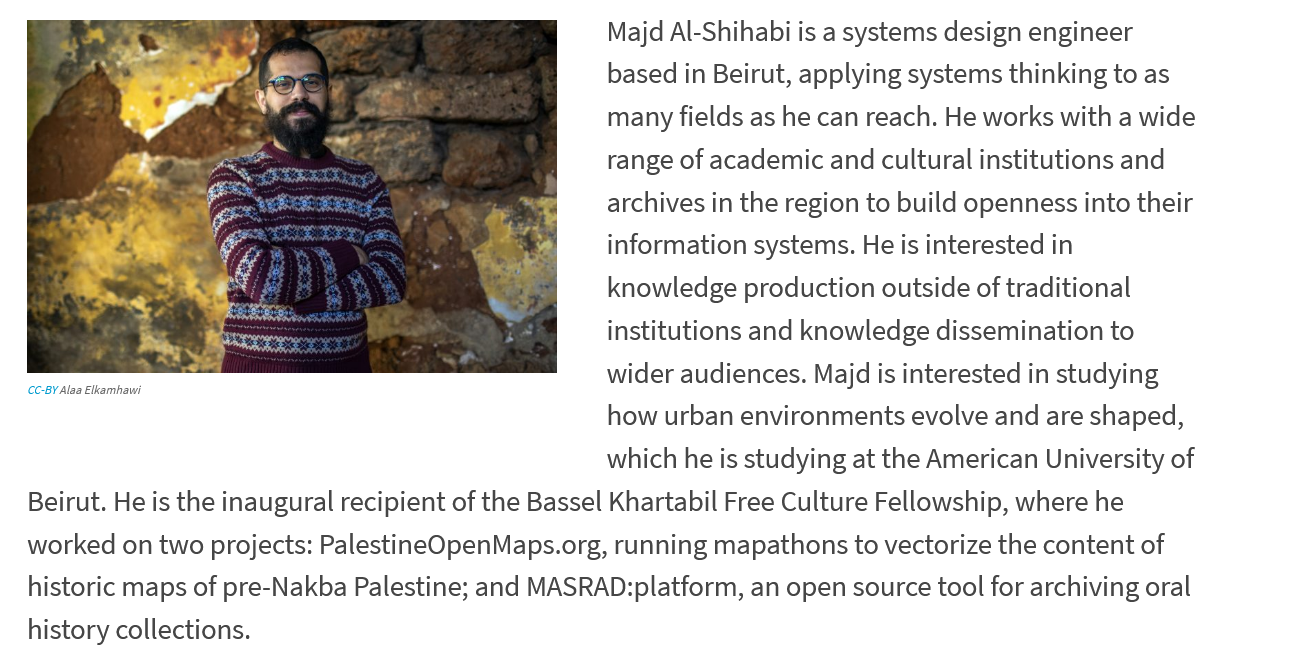
CC-BY Alaa Elkamhawi
     Majd Al-Shihabi is a systems design engineer
     based in Beirut, applying systems thinking to as
     many fields as he can reach. He works with a wide
     range of academic and cultural institutions and
     archives in the region to build openness into their
     information systems. He is interested in
     knowledge production outside of traditional
     institutions and knowledge dissemination to
     wider audiences. Majd is interested in studying
     how urban environments evolve and are shaped,
     which he is studying at the American University of
   Beirut. He is the inaugural recipient of the Bassel Khartabil Free Culture Fellowship, where he
   worked on two projects: PalestineOpenMaps.org, running mapathons to vectorize the content of
   historic maps of pre-Nakba Palestine; and MASRAD:platform, an open source tool for archiving oral
   history collections.